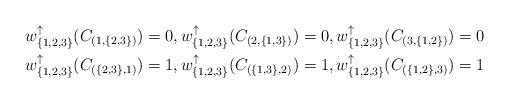
LaTeX: \begin{align*}&w^\uparrow_{\{1,2,3\}}(C_{(1, \{2,3\})})= 0, w^\uparrow_{\{1,2,3\}}(C_{(2, \{1,3\})})= 0, w^\uparrow_{\{1,2,3\}}(C_{(3, \{1,2\})})= 0 \\ &w^\uparrow_{\{1,2,3\}}(C_{(\{2,3\}, 1)})= 1, w^\uparrow_{\{1,2,3\}}(C_{(\{1,3\}, 2)})= 1, w^\uparrow_{\{1,2,3\}}(C_{(\{1,2\}, 3)})= 1\end{align*}